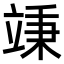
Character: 𥪕